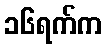
၁၆ရက်က